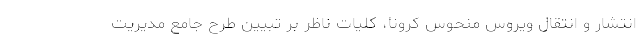
انتشار و انتقال ویروس منحوس کرونا، کلیات ناظر بر تبیین طرح جامع مدیریت